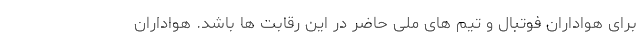
برای هواداران فوتبال و تیم های ملی حاضر در این رقابت ها باشد. هواداران